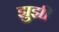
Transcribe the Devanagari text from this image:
झुझी